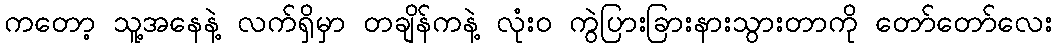
ကတော့ သူ့အနေနဲ့ လက်ရှိမှာ တချိန်ကနဲ့ လုံးဝ ကွဲပြားခြားနားသွားတာကို တော်တော်လေး